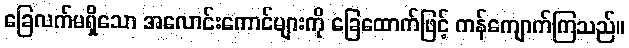
ခြေလက်မရှိသော အလောင်းကောင်များကို ခြေထောက်ဖြင့် ကန်ကျောက်ကြသည်။